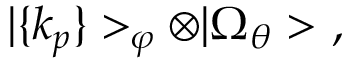
| \{ k _ { p } \} > _ { \varphi } \otimes | \Omega _ { \theta } > \ ,